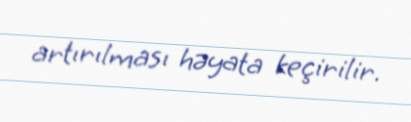
artırılması həyata keçirilir.